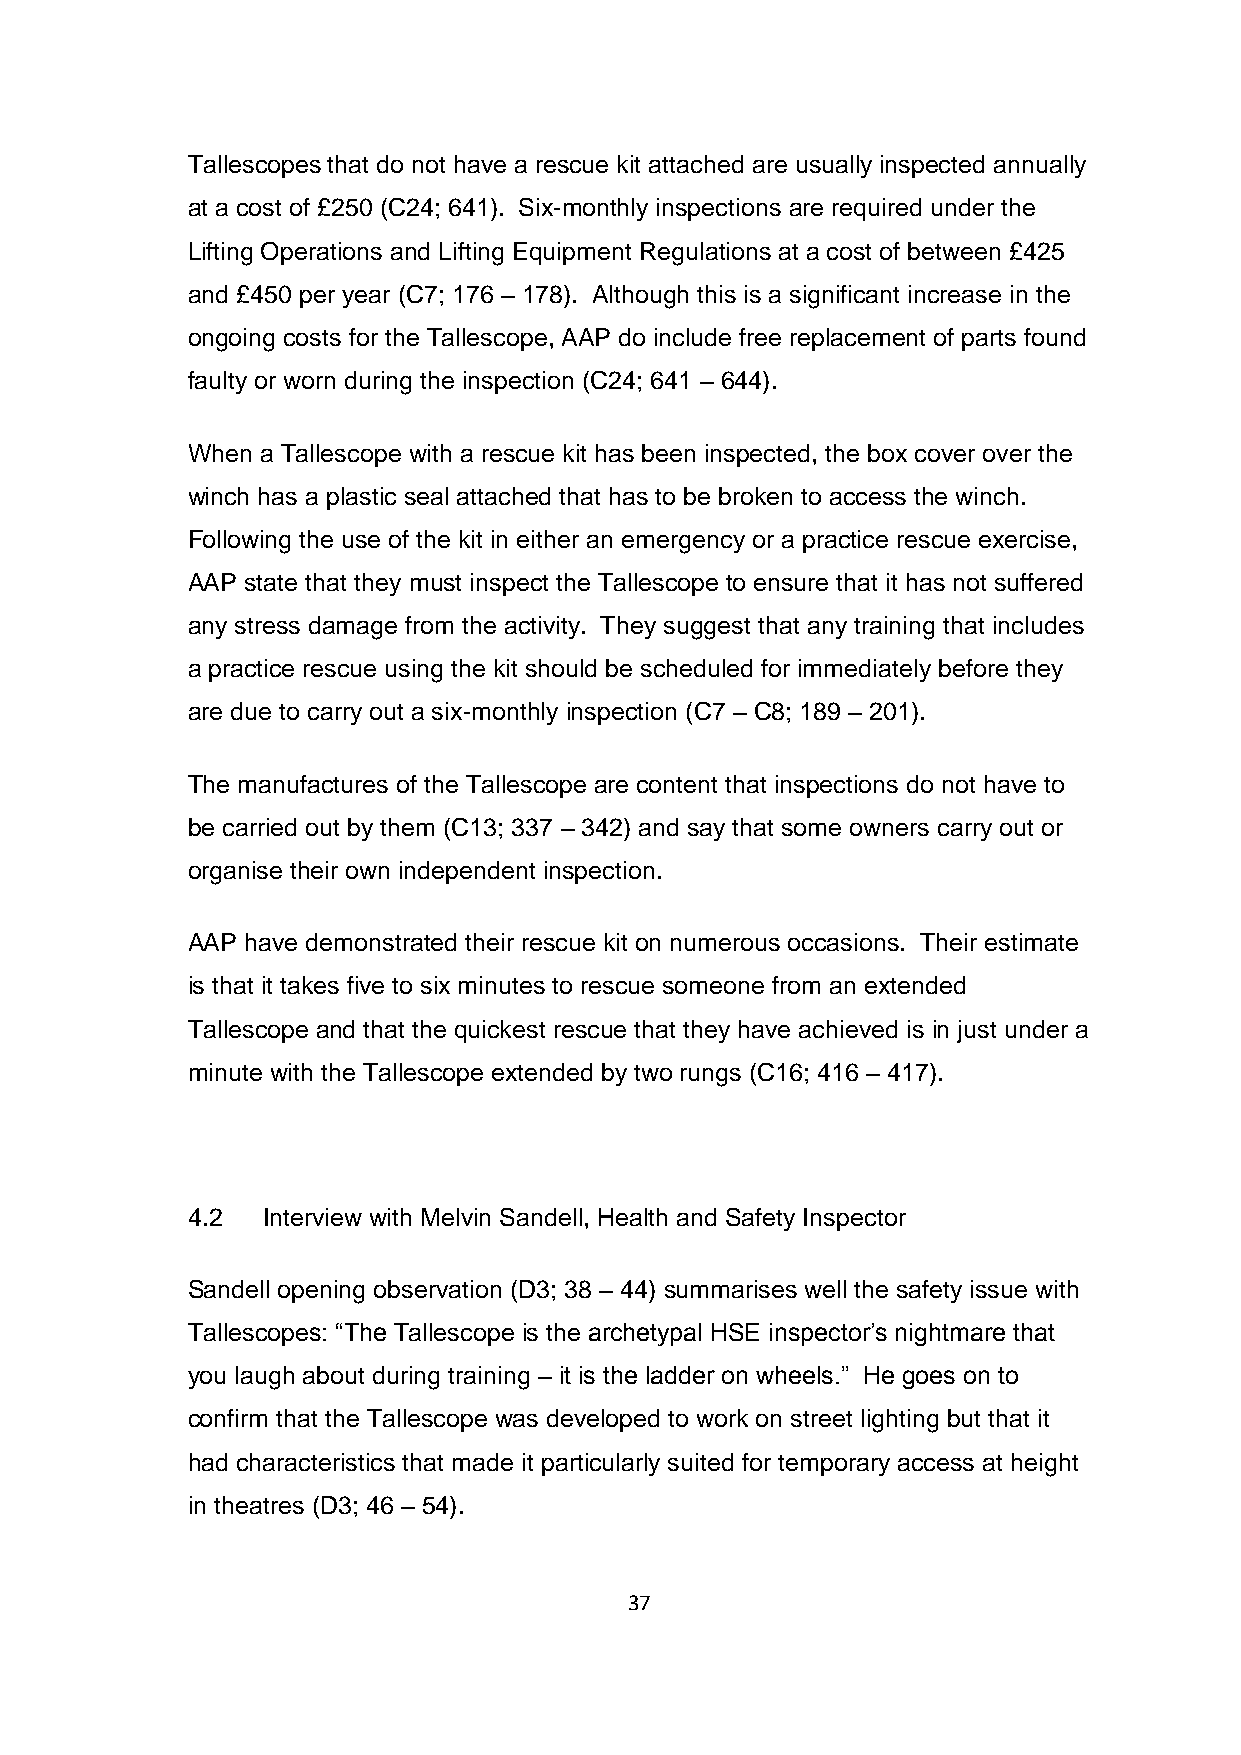
Tallescopes that do not have a rescue kit attached are usually inspected annually
 at a cost of £250 (C24; 641). Six-monthly inspections are required under the
 Lifting Operations and Lifting Equipment Regulations at a cost of between £425
 and £450 per year (C7; 176 – 178). Although this is a significant increase in the
 ongoing costs for the Tallescope, AAP do include free replacement of parts found
 faulty or worn during the inspection (C24; 641 – 644).
 When a Tallescope with a rescue kit has been inspected, the box cover over the
 winch has a plastic seal attached that has to be broken to access the winch.
 Following the use of the kit in either an emergency or a practice rescue exercise,
 AAP state that they must inspect the Tallescope to ensure that it has not suffered
 any stress damage from the activity. They suggest that any training that includes
 a practice rescue using the kit should be scheduled for immediately before they
 are due to carry out a six-monthly inspection (C7 – C8; 189 – 201).
 The manufactures of the Tallescope are content that inspections do not have to
 be carried out by them (C13; 337 – 342) and say that some owners carry out or
 organise their own independent inspection.
 AAP have demonstrated their rescue kit on numerous occasions. Their estimate
 is that it takes five to six minutes to rescue someone from an extended
 Tallescope and that the quickest rescue that they have achieved is in just under a
 minute with the Tallescope extended by two rungs (C16; 416 – 417).
 4.2  Interview with Melvin Sandell, Health and Safety Inspector
 Sandell opening observation (D3; 38 – 44) summarises well the safety issue with
 Tallescopes: “The Tallescope is the archetypal HSE inspector’s nightmare that
 you laugh about during training – it is the ladder on wheels.” He goes on to
 confirm that the Tallescope was developed to work on street lighting but that it
 had characteristics that made it particularly suited for temporary access at height
 in theatres (D3; 46 – 54).
 37